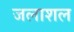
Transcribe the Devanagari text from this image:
जलाशल